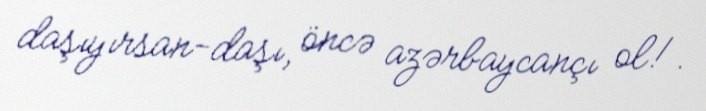
daşıyırsan-daşı, öncə azərbaycançı ol!.